Report on the cultivation and use of ganja
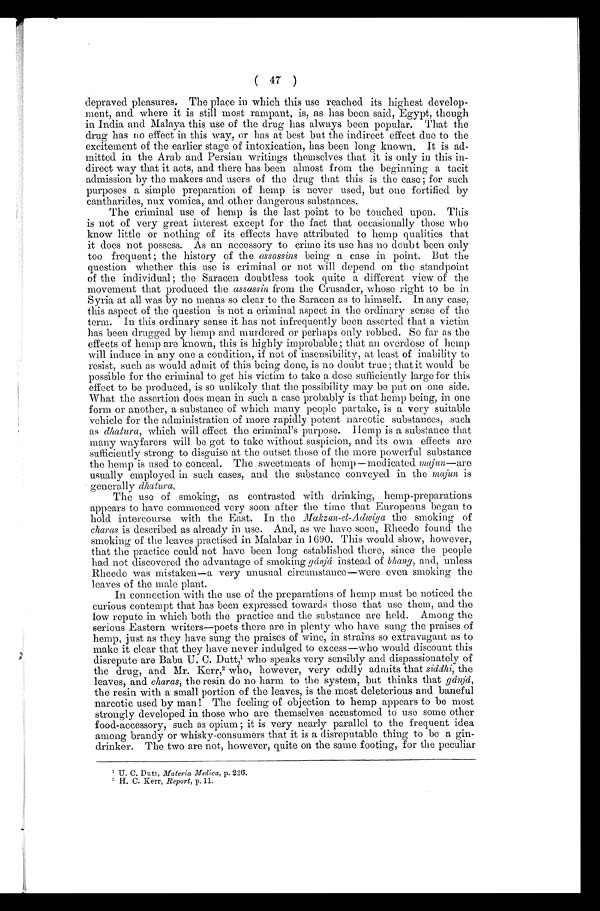
( 47 )
depraved pl easures. The pl ace i n whi ch t hi s use reached i t s hi ghest devel op-
ment, and where it is still most rampant, is, as has been said, Egypt, though
in India and Malaya this use of the drug has always been popular. That the
drug has no effect in this way, or has at best but the indirect effect due to the
excitement of the earlier stage of intoxication, has been long known. It is ad-
mitted in the Arab and Persian writings themselves that it is only in this in-
direct way that it acts, and there has been almost from the beginning a tacit
admission by the makers and users of the drug that this is the case; for such
purposes a simple preparation of hemp is never used, but one fortified by
cantharides, nux vomica, and other dangerous substances.
The criminal use of hemp is the last point to be touched upon. This
is not of very great interest except for the fact that occasionally those who
know little or nothing of its effects have attributed to hemp qualities that
it does not possess. As an accessory to crime its use has no doubt been only
too frequent ; the history of the assassins being a case in point. But the
question whether this use is criminal or not will depend on the standpoint
of the individual; the Saracen doubtless took quite a different view of the
movement that produced the assassin from the Crusader, whose right to be in
Syria at all was by no means so clear to the Saracen as to himself. In any case,
this aspect of the question is not a criminal aspect in the ordinary sense of the
term. In this ordinary sense it has not infrequently been asserted that a victim
has been drugged by hemp and murdered or perhaps only robbed. So far as the
effects of hemp are known, this is highly improbable; that an overdose of hemp
will induce in any one a condition, if not of insensibility, at least of inability to
resist, such as would admit of this being done, is no doubt true ; that it would be
possible for the criminal to get his victim to take a dose sufficiently large for this
effect to be produced, is so unlikely that the possibility may be put on one side.
What the assertion does mean in such a case probably is that hemp being, in one
form or another, a substance of which many people partake, is a very suitable
vehicle for the administration of more rapidly potent narcotic substances, such
as dhatura, which will effect the criminal's purpose. Hemp is a substance that
many wayfarers will be got to take without suspicion, and its own effects are
sufficiently strong to disguise at the outset those of the more powerful substance
the hemp is used to conceal. The sweetmeats of hemp—medicated majun —are
usually employed in such cases, and the substance conveyed in the majun is
generally dhatura,
The use of smoking, as contrasted with drinking, hemp-preparations
appears to have commenced very soon after the time that Europeans began to
hold intercourse with the East. In the Makzan-el-Adwiya the smoking of
charas is described as already in use. And, as we have seen, Rheede found the
smoking of the leaves practised in Malabar in 1690. This would show, however,
that the practice could not have been long established there, since the people
had not discovered the advantage of smoking gánjá instead of bhang, and, unless
Rheede was mistaken—a very unusual circumstance—were even smoking the
leaves of the male plant.
In connection with the use of the preparations of hemp must be noticed the
curious contempt that has been expressed towards those that use them, and the
low repute in which both the practice and the substance are held. Among the
serious Eastern writers—poets there are in plenty who have sung the praises of
hemp, just as they have sung the praises of wine, in strains so extravagant as to
make it clear that they have never indulged to excess—who would discount this
disrepute are Babu U. C. Dutt,¹ who speaks very sensibly and dispassionately of
the drug, and Mr. Kerr,² who, however, very oddly admits that siddhi, the
leaves, and charas, the resin do no harm to the system, but thinks that gánjá ,
the resin with a small portion of the leaves, is the most deleterious and baneful
narcotic used by man! The feeling of objection to hemp appears to be most
strongly developed in those who are themselves accustomed to use some other
food-accessory, such as opium ; it is very nearly parallel to the frequent idea
among brandy or whisky-consumers that it is a disreputable thing to be a gin-
drinker. The two are not, however, quite on the same footing, for the peculiar
¹ U.C. Dutt, Materia Medica, p, 236.
² H. C. Kerr, Report, p. 11.